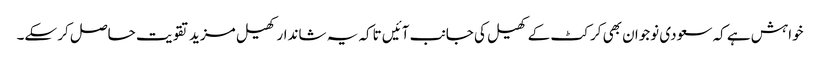
خواہش ہے کہ سعودی نوجوان بھی کرکٹ کے کھیل کی جانب آئیں تاکہ یہ شاندار کھیل مزید تقویت حاصل کر سکے۔